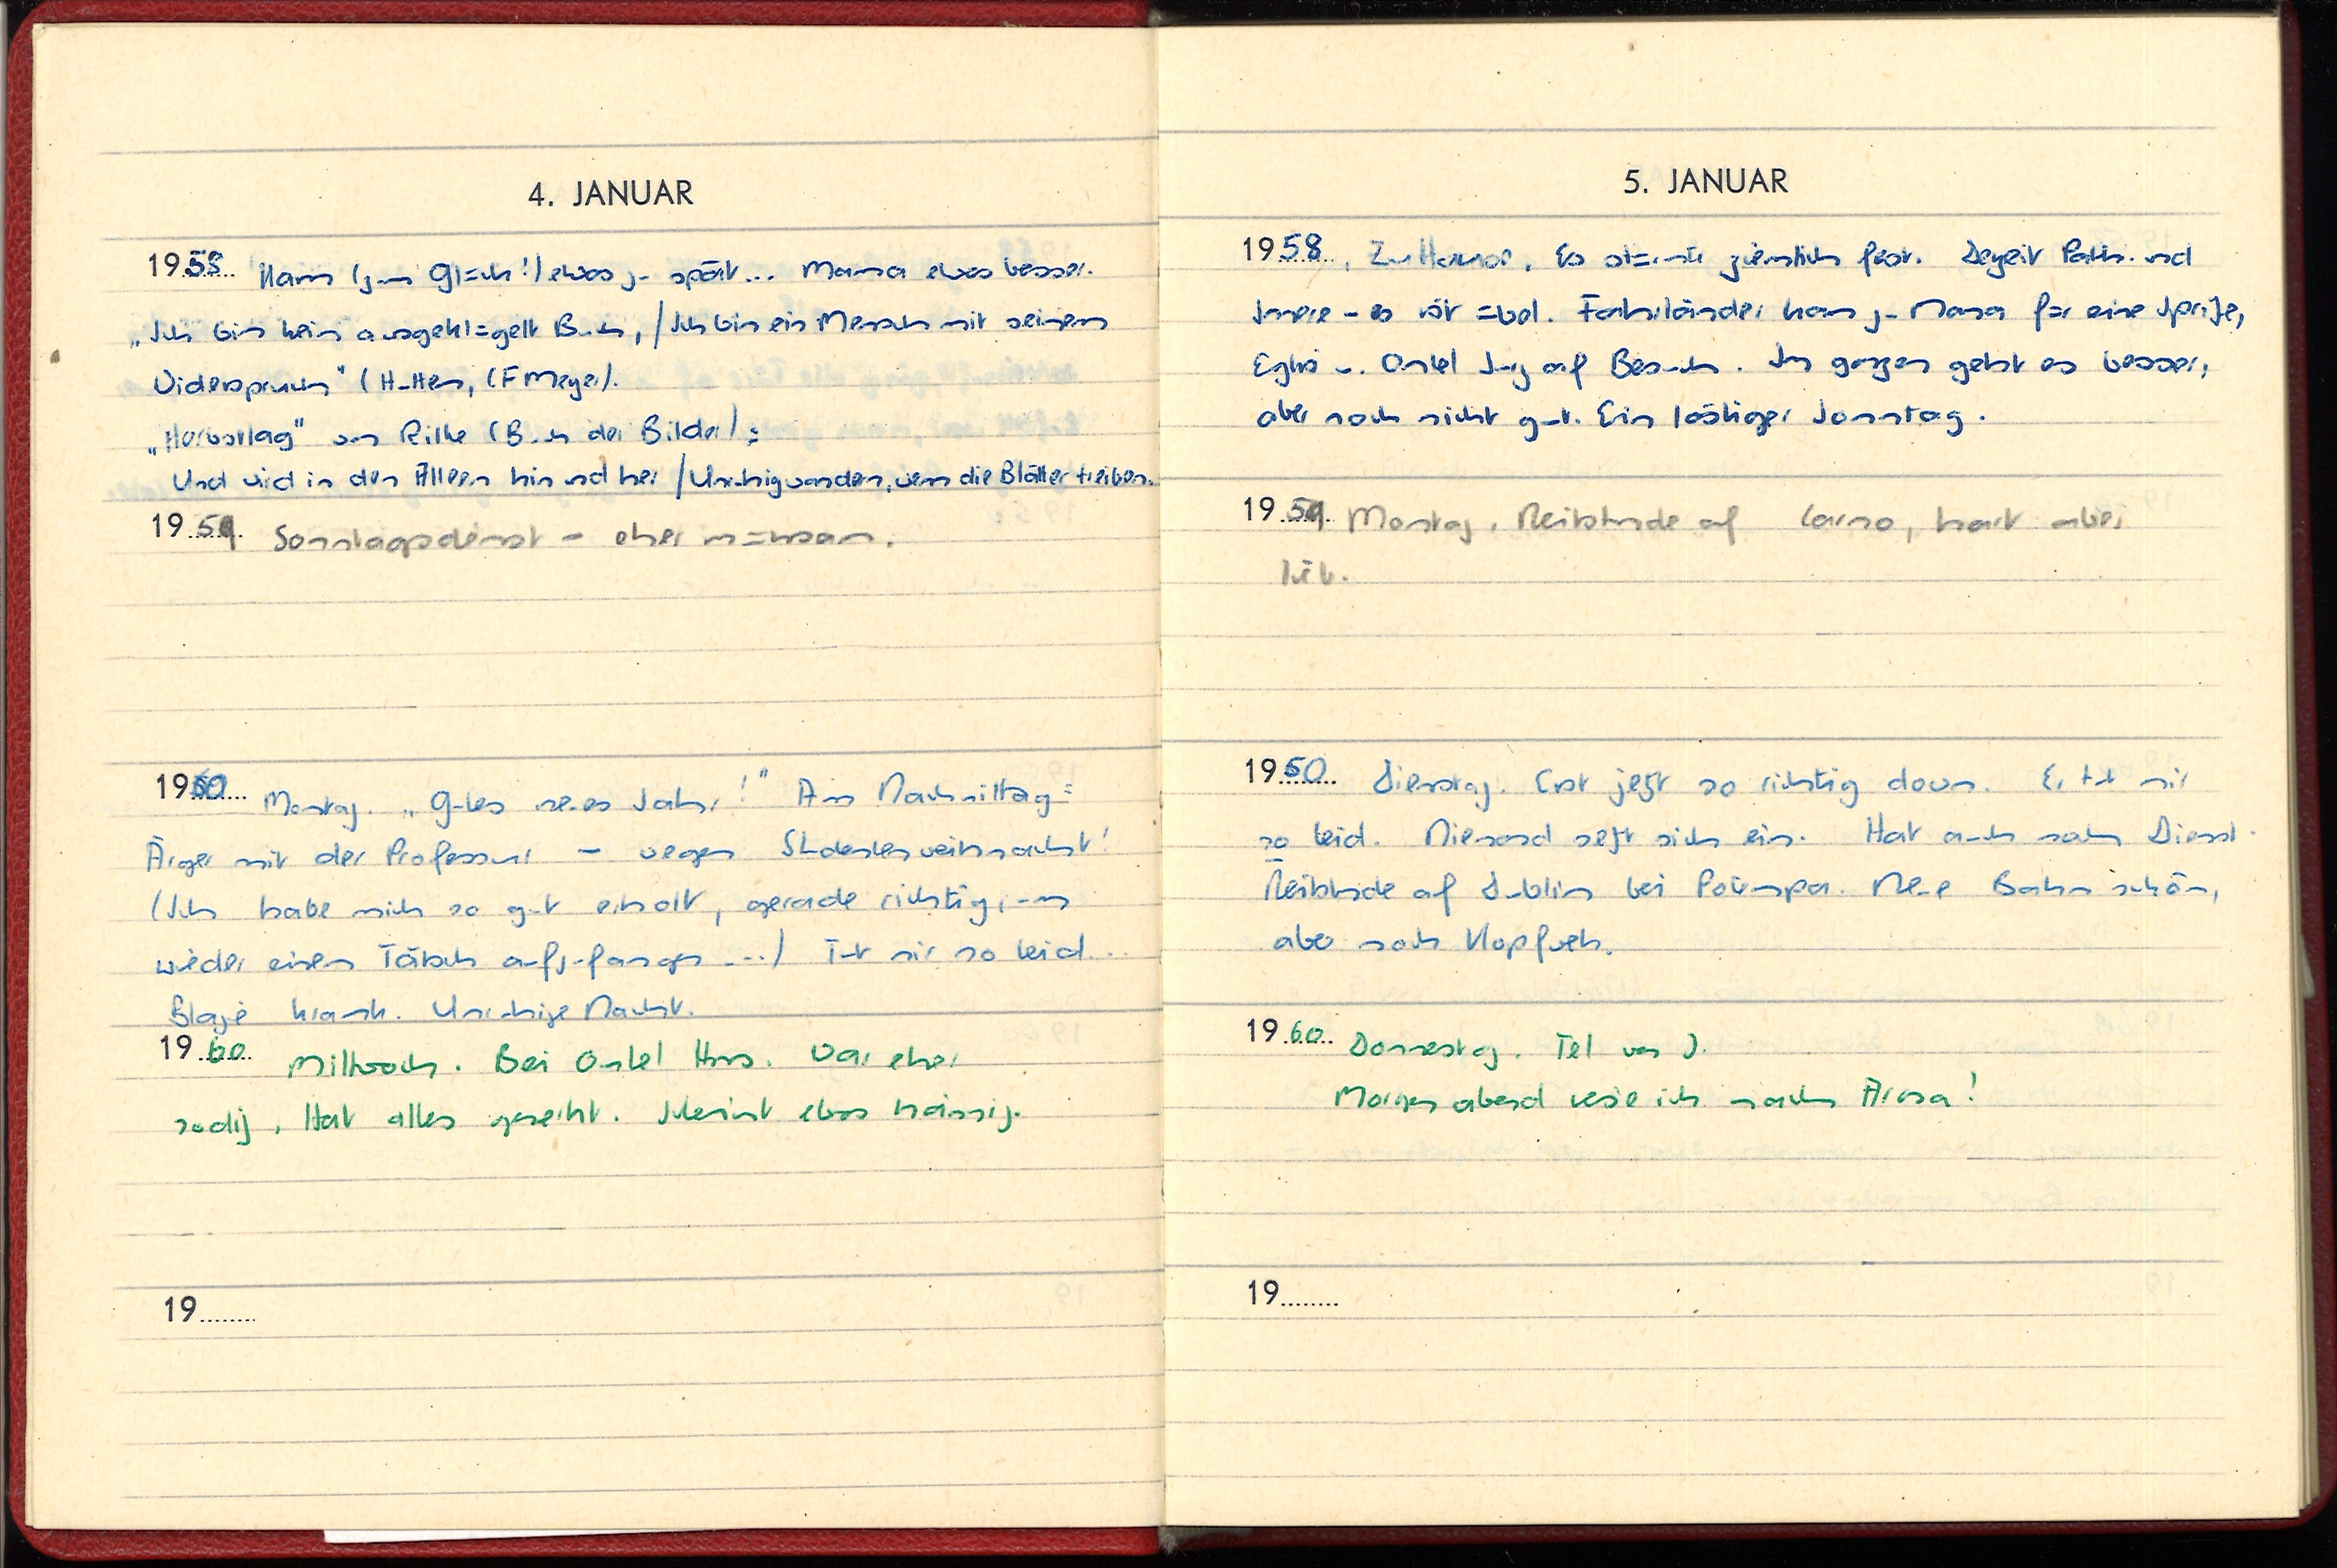
4. JANUAR
1958 Kam (zum Glück!) etwas zu spät ... Mama etwas besser.
„Ich bin kein ausgeklügelt Buch, / Ich bin ein Mensch mit seinem
Widerspruch” (Hutten, (F Meyer).
„Herbsttag” von Rilke (Buch der Bilder):
Und wird in den Alleen hin und her / Unruhig wandern, wenn die Blätter treiben.
1959 Sonntagsdienst - eher mühsam.
1960 Montag „Guten neues Jahr!“ Am Nachmiyttag:
Ärger mit der Professur / wegen Studentenweihnacht!
(Ich habe mich so gut erholt, gerade richtig, um
wieder einen Tätsch aufzufangen ...) Tut mir so leid.
Blage krank. Unruhige Nacht.
1960 Mittwoch. Bei Onkel Hans. War eher
sodig, Hat alles gerecht. Scheint etwas hässig.
19

5. JANUAR
1958 Zu Hause. Es stürmte ziemlich fest. Derzeit Path. und
Innere - es ist egal. Fahrländer kam zu Mama für eine Spritze,
Eglis u. Onkel Jürg auf Besuch. Im ganzen geht es besser,
aber noch nicht gut. Ein lästiger Sonntag.
1959 Montag, Reistunde auf Larno, hart aber
lieb.
1950 Dienstag. Erst jetzt so richtig davon. Er tut mir
so leid. Niemand setzt sich ein. Hat auch noch Dienst.
Reitstunde auf Dublin bei Polempa. Neue Bahn schön,
aber noch Kopfweh.
1960 Donnerstag. Tel von J.
Morgen abend reise ich nach Arosa!
19